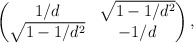
\begin{align*}\begin{pmatrix}1/d & \sqrt{1-1/d^2}\\\sqrt{1-1/d^2} & -1/d\end{pmatrix},\end{align*}